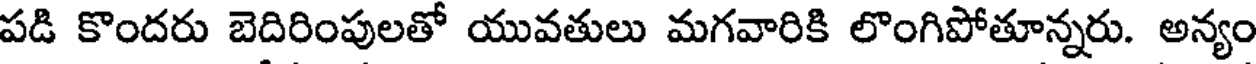
పడి కొందరు బెదిరింపులతో యువతులు మగవారికి లొంగిపోతూన్నరు. అన్యం